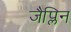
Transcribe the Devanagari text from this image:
जैप्लिन